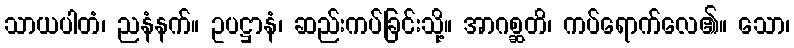
သာယပါတံ၊ ညနံနက်။ ဥပဋ္ဌာနံ၊ ဆည်းကပ်ခြင်းသို့။ အာဂစ္ဆတိ၊ ကပ်ရောက်လေ၏။ သော၊